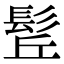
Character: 𩬡